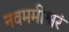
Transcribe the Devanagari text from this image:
नवममीश्वरं